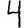
Digit: 4